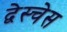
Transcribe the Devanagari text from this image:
द्वेस्चेस